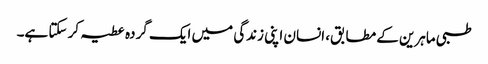
طبی ماہرین کے مطابق، انسان اپنی زندگی میں ایک گردہ عطیہ کر سکتا ہے۔